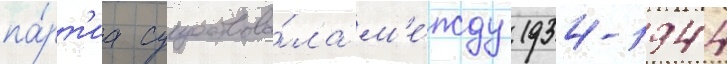
па́рт'иа существова́ла м'е́жду 1934-1944